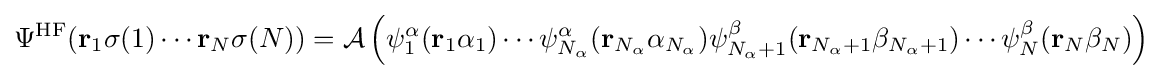
\Psi ^{\mathrm {HF} }(\mathbf {r} _{1}\sigma (1)\cdots \mathbf {r} _{N}\sigma (N))={\mathcal {A}}\left(\psi _{1}^{\alpha }(\mathbf {r} _{1}\alpha _{1})\cdots \psi _{N_{\alpha }}^{\alpha }(\mathbf {r} _{N_{\alpha }}\alpha _{N_{\alpha }})\psi _{N_{\alpha }+1}^{\beta }(\mathbf {r} _{N_{\alpha }+1}\beta _{N_{\alpha }+1})\cdots \psi _{N}^{\beta }(\mathbf {r} _{N}\beta _{N})\right)